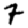
Digit: 7